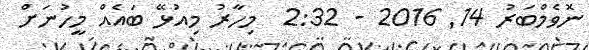
ނޮވެމްބަރު 14